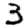
Digit: 3